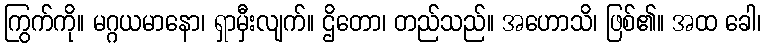
ကြွက်ကို။ မဂ္ဂယမာနော၊ ရှာမှီးလျက်။ ဌိတော၊ တည်သည်။ အဟောသိ၊ ဖြစ်၏။ အထ ခေါ၊